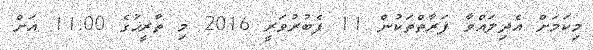
މިކަމަށް އެދިލައްވާ ފަރާތްތަކުން 11 ފެބުރުވަރީ 2016 މި ތާރީޚުގެ 11:00 އަށް